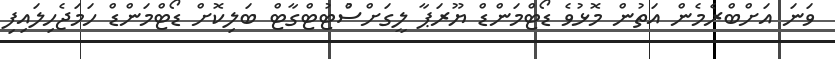
ވަނަ އަށްބްރެމެން އަތުން މޮޅުވެ ޑޯޓްމަންޑް ޔޫރަޕާާ ލީގަށްސްުޓުޓްގާޓް ބަލިކޮށް ޑޯޓްމަންޑް ހަމަޖެހިލައިފި